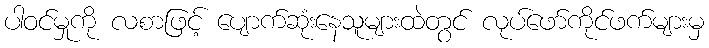
ပါဝင်မှုကို လစာဖြင့် ပျောက်ဆုံးနေသူများထဲတွင် လုပ်ဖော်ကိုင်ဖက်များမှ